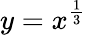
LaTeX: y=x^{\frac{1}{3}}